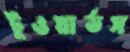
টুওয়ার্ডস